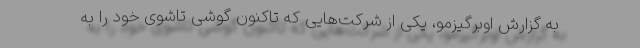
به گزارش اوبرگیزمو، یکی از شرکت‌هایی که تاکنون گوشی تاشوی خود را به